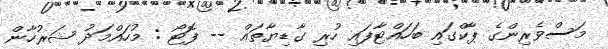
މަސްވެރިންގެ ޕާކްގައި ބަހައްޓާފައި ހުރި ގާޑިޔާތައް -- ފޮޓޯ : މުހައްމަދު ޝަރުހާން